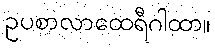
ဥပစာလာထေရီဂါထာ။